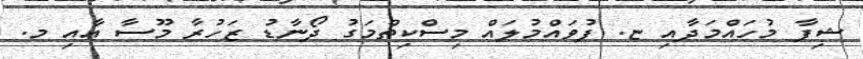
ޝިފާ މުހައްމަދާއި ޏ. ފުވައްމުލައް މިސްކިތްމަގު ދޯނާޑު ޒަހުރާ މޫސާ އާއި މ.